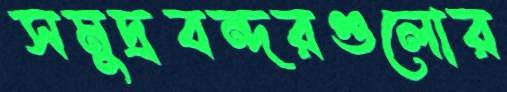
সমুদ্রবন্দরগুলোর